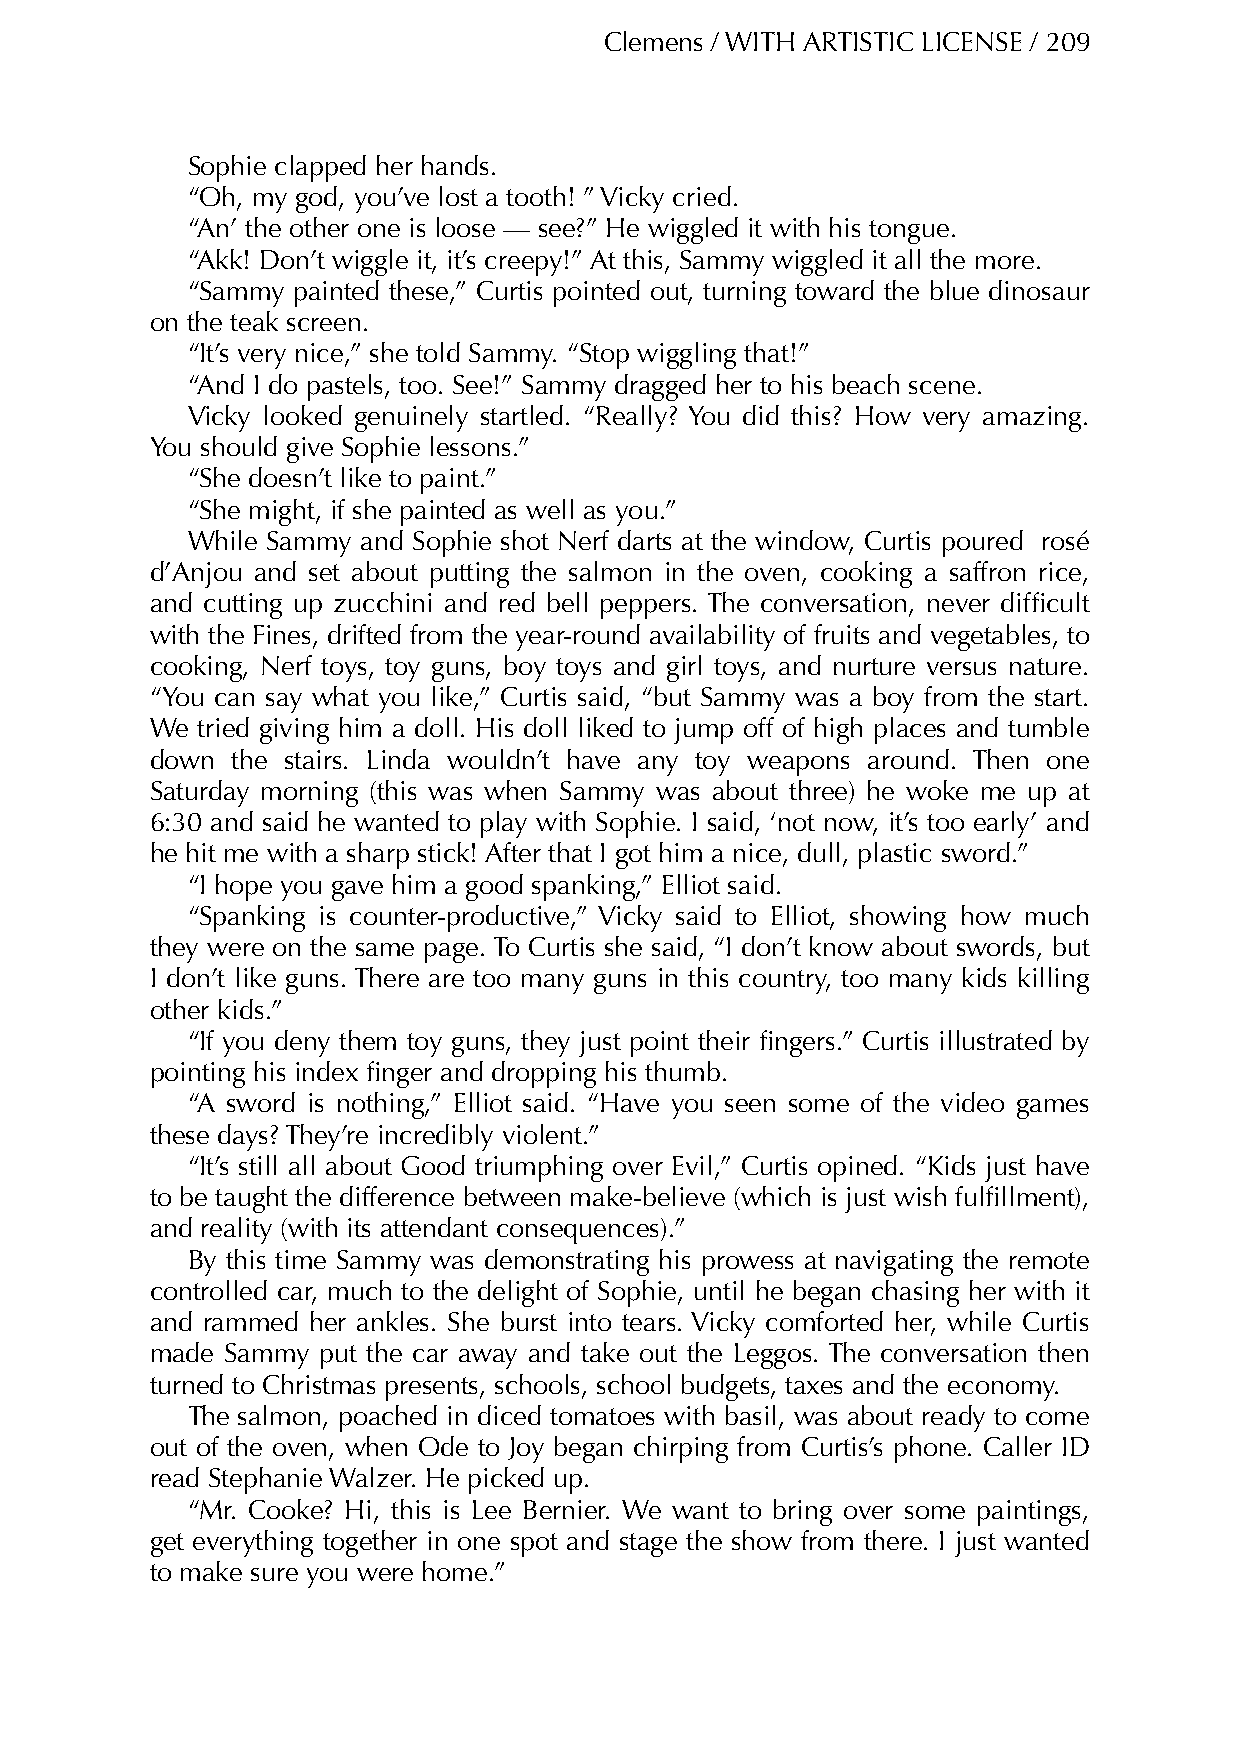
Clemens / WITH ARTISTIC LICENSE / 209
 Sophie clapped her hands.
 “Oh, my god, you’ve lost a tooth! ” Vicky cried.
 “An’ the other one is loose — see?” He wiggled it with his tongue.
 “Akk! Don’t wiggle it, it’s creepy!” At this, Sammy wiggled it all the more.
 “Sammy painted these,” Curtis pointed out, turning toward the blue dinosaur
 on the teak screen.
 “It’s very nice,” she told Sammy. “Stop wiggling that!”
 “And I do pastels, too. See!” Sammy dragged her to his beach scene.
 Vicky looked genuinely startled. “Really? You did this? How very amazing.
 You should give Sophie lessons.”
 “She doesn’t like to paint.”
 “She might, if she painted as well as you.”
 While Sammy and Sophie shot Nerf darts at the window, Curtis poured rosé
 d’Anjou and set about putting the salmon in the oven, cooking a saffron rice,
 and cutting up zucchini and red bell peppers. The conversation, never difficult
 with the Fines, drifted from the year-round availability of fruits and vegetables, to
 cooking, Nerf toys, toy guns, boy toys and girl toys, and nurture versus nature.
 “You can say what you like,” Curtis said, “but Sammy was a boy from the start.
 We tried giving him a doll. His doll liked to jump off of high places and tumble
 down the stairs. Linda wouldn’t have any toy weapons around. Then one
 Saturday morning (this was when Sammy was about three) he woke me up at
 6:30 and said he wanted to play with Sophie. I said, ‘not now, it’s too early’ and
 he hit me with a sharp stick! After that I got him a nice, dull, plastic sword.”
 “I hope you gave him a good spanking,” Elliot said.
 “Spanking is counter-productive,” Vicky said to Elliot, showing how much
 they were on the same page. To Curtis she said, “I don’t know about swords, but
 I don’t like guns. There are too many guns in this country, too many kids killing
 other kids.”
 “If you deny them toy guns, they just point their fingers.” Curtis illustrated by
 pointing his index finger and dropping his thumb.
 “A sword is nothing,” Elliot said. “Have you seen some of the video games
 these days? They’re incredibly violent.”
 “It’s still all about Good triumphing over Evil,” Curtis opined. “Kids just have
 to be taught the difference between make-believe (which is just wish fulfillment),
 and reality (with its attendant consequences).”
 By this time Sammy was demonstrating his prowess at navigating the remote
 controlled car, much to the delight of Sophie, until he began chasing her with it
 and rammed her ankles. She burst into tears. Vicky comforted her, while Curtis
 made Sammy put the car away and take out the Leggos. The conversation then
 turned to Christmas presents, schools, school budgets, taxes and the economy.
 The salmon, poached in diced tomatoes with basil, was about ready to come
 out of the oven, when Ode to Joy began chirping from Curtis’s phone. Caller ID
 read Stephanie Walzer. He picked up.
 “Mr. Cooke? Hi, this is Lee Bernier. We want to bring over some paintings,
 get everything together in one spot and stage the show from there. I just wanted
 to make sure you were home.”